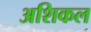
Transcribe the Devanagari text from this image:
अशिकल